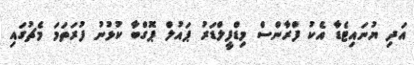
އަދި ޔުނައިޓެޑާ އެކު ފްރާންސް މިޑްފީލްޑަރު ޕައުލް ޕޮގްބާ ކުޅުނު ފުރަތަމަ މެޗުގައި